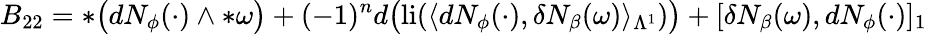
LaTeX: B_{22}=\ast\big(dN_{\phi}(\cdot)\wedge\ast\omega\big)+(-1)^{n}d\big(\mathrm{li}(\langle dN_{\phi}(\cdot),\delta N_{\beta}(\omega)\rangle_{\Lambda^{1}})\big)+[\delta N_{\beta}(\omega),dN_{\phi}(\cdot)]_{1}